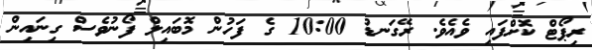
ރިޕޯޓް ކޮށްފައި ވެއެވެ. ރޭގަނޑު 10:00 ގެ ފަހުން މޮބައިލް ފޯނުވެސް ގިނައިން